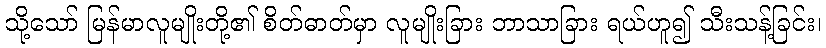
သို့သော် မြန်မာလူမျိုးတို့၏ စိတ်ဓာတ်မှာ လူမျိုးခြား ဘာသာခြား ရယ်ဟူ၍ သီးသန့်ခြင်း၊